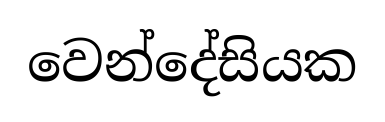
වෙන්දේසියක